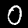
Label: 0